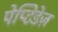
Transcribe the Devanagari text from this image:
पेप्टिडेज़